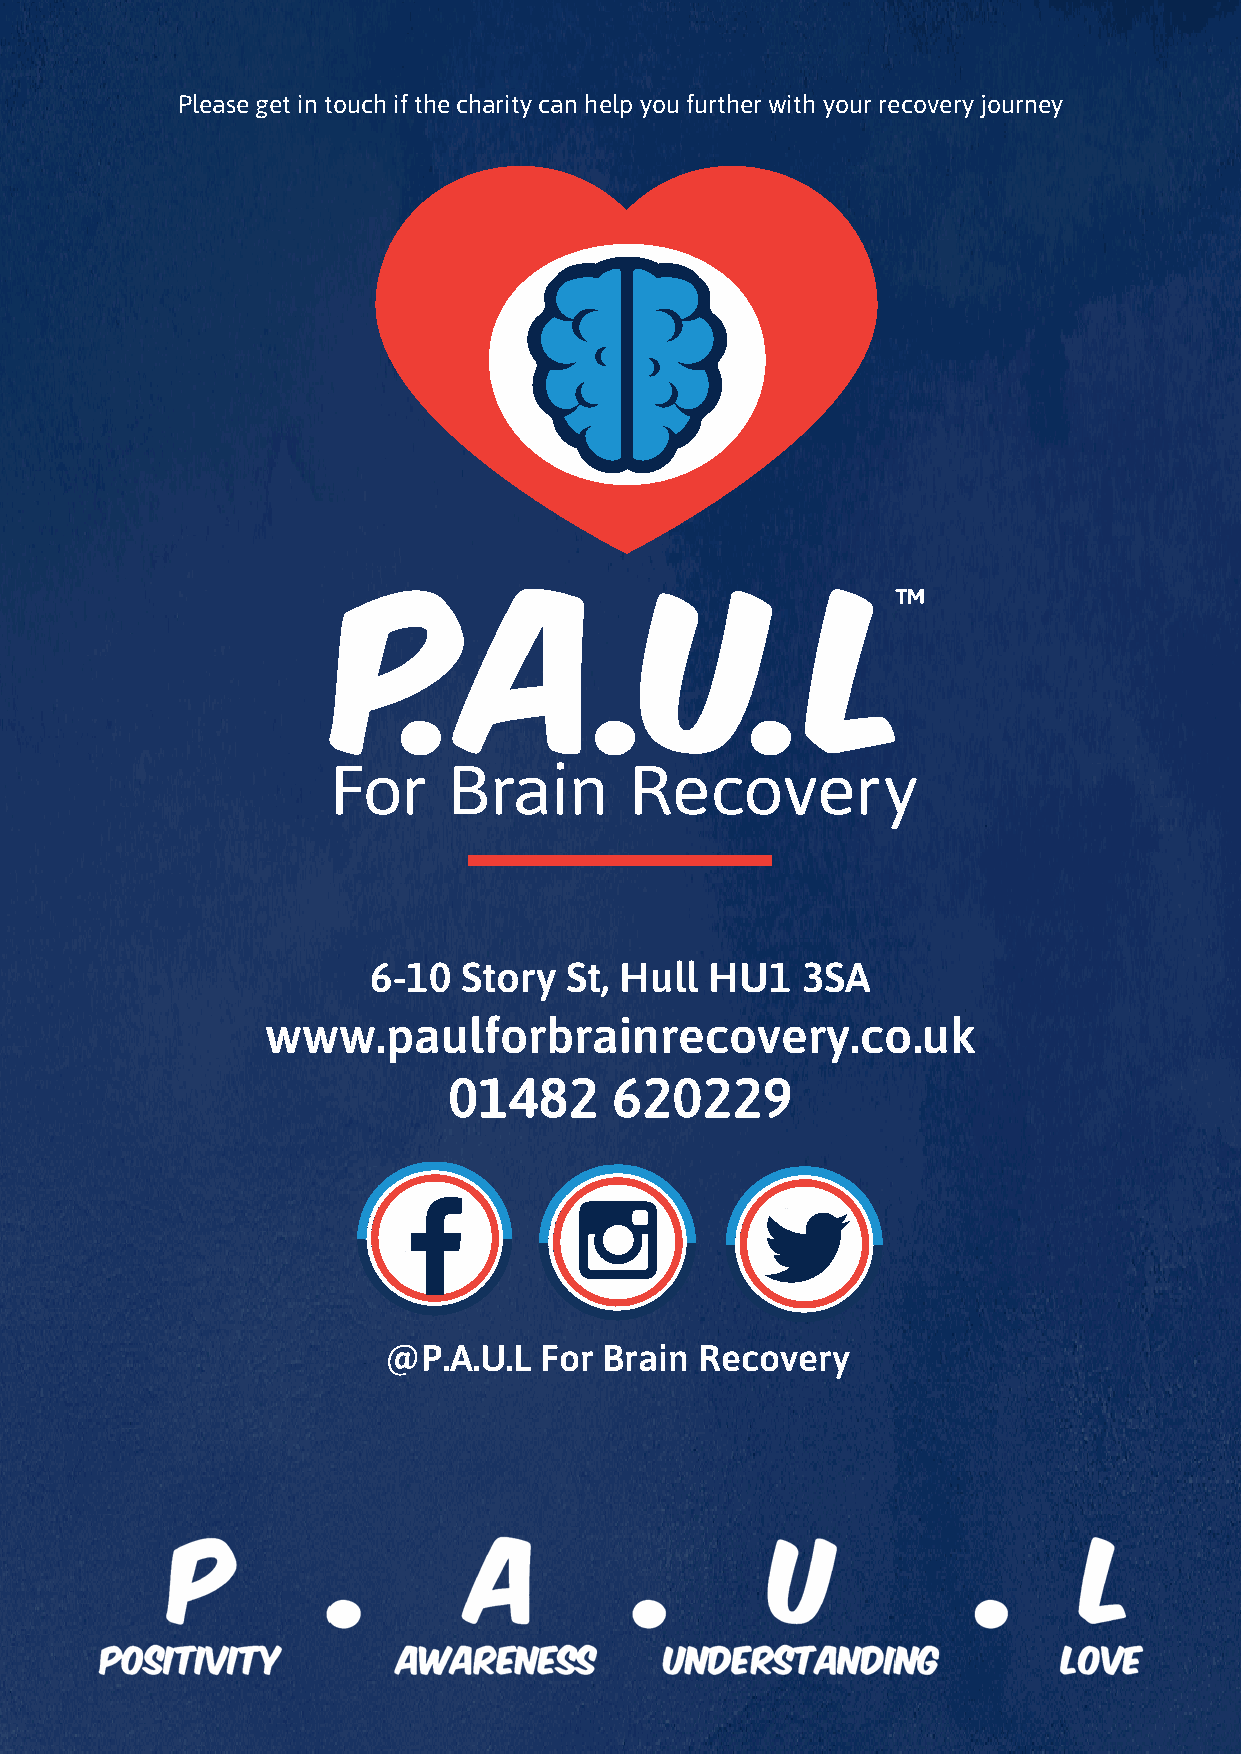
Please get in touch if the charity can help you further with your recovery journey
 6-10   Story St, Hull  HU1   3SA
 www.paulforbrainrecovery.co.uk
 01482      620229
 @P.A.U.L   For Brain Recovery
 1144 1155
 1144 1155
 1144 1155